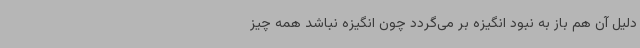
دلیل آن هم باز به نبود انگیزه بر می‌گردد چون انگیزه نباشد همه چیز